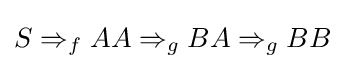
S\Rightarrow _{f}AA\Rightarrow _{g}BA\Rightarrow _{g}BB